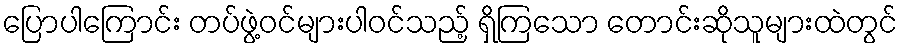
ပြောပါကြောင်း တပ်ဖွဲ့ဝင်များပါဝင်သည့် ရှိကြသော တောင်းဆိုသူများထဲတွင်